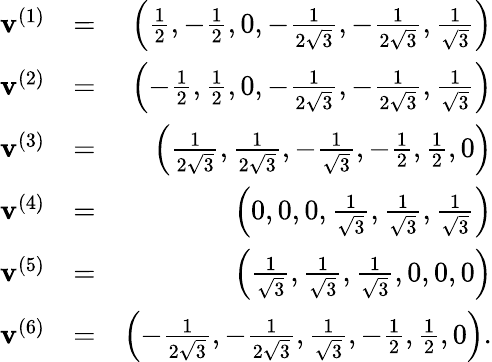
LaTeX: \begin{array}{rlr}{\mathbf{v}^{(1)}}&{=}&{\left(\frac{1}{2},-\frac{1}{2},0,-\frac{1}{2\sqrt{3}},-\frac{1}{2\sqrt{3}},\frac{1}{\sqrt{3}}\right)}\\ {\mathbf{v}^{(2)}}&{=}&{\left(-\frac{1}{2},\frac{1}{2},0,-\frac{1}{2\sqrt{3}},-\frac{1}{2\sqrt{3}},\frac{1}{\sqrt{3}}\right)}\\ {\mathbf{v}^{(3)}}&{=}&{\left(\frac{1}{2\sqrt{3}},\frac{1}{2\sqrt{3}},-\frac{1}{\sqrt{3}},-\frac{1}{2},\frac{1}{2},0\right)}\\ {\mathbf{v}^{(4)}}&{=}&{\left(0,0,0,\frac{1}{\sqrt{3}},\frac{1}{\sqrt{3}},\frac{1}{\sqrt{3}}\right)}\\ {\mathbf{v}^{(5)}}&{=}&{\left(\frac{1}{\sqrt{3}},\frac{1}{\sqrt{3}},\frac{1}{\sqrt{3}},0,0,0\right)}\\ {\mathbf{v}^{(6)}}&{=}&{\left(-\frac{1}{2\sqrt{3}},-\frac{1}{2\sqrt{3}},\frac{1}{\sqrt{3}},-\frac{1}{2},\frac{1}{2},0\right).}\end{array}